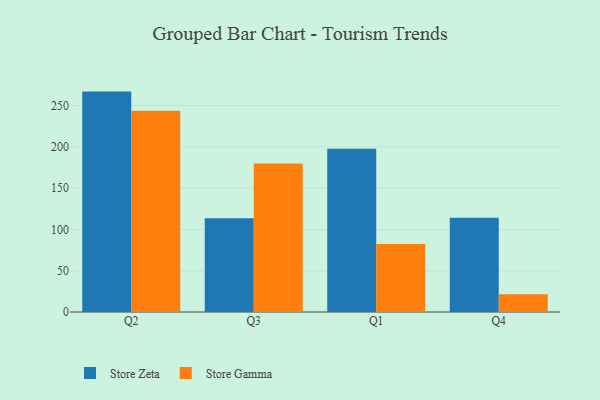
{"axis": {"x": "Quarter", "y": "Energy Usage (MWh)"}, "legend": ["Store Gamma", "Store Zeta"], "data": [{"x": "Q2", "y": 267.0, "type": "Store Zeta"}, {"x": "Q2", "y": 243.9, "type": "Store Gamma"}, {"x": "Q3", "y": 113.7, "type": "Store Zeta"}, {"x": "Q3", "y": 179.8, "type": "Store Gamma"}, {"x": "Q1", "y": 197.9, "type": "Store Zeta"}, {"x": "Q1", "y": 82.3, "type": "Store Gamma"}, {"x": "Q4", "y": 114.1, "type": "Store Zeta"}, {"x": "Q4", "y": 21.4, "type": "Store Gamma"}]}